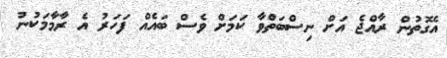
އެގޮތުން ރާއްޖެ އަށް ނިސްބަތްވާ ކަމަށް ވެސް ބައެއް ފަހަރު އެ ރާމާމަކުނު